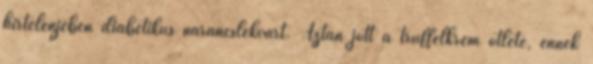
hirtelenjében diabetikus narancslekvárt. Aztán jött a trüffelkrém ötlete, ennek